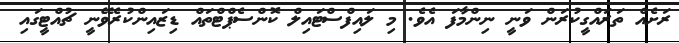
ރަށެއް ތަރައްގީކުރަން ވަނީ ނިންމާފަ އެވެ. މި ލައިފްސްޓައިލް ކޮންސެޕްޓްތައް ޑިޒައިންކުރެވޭނީ ޗުއްޓީގައި